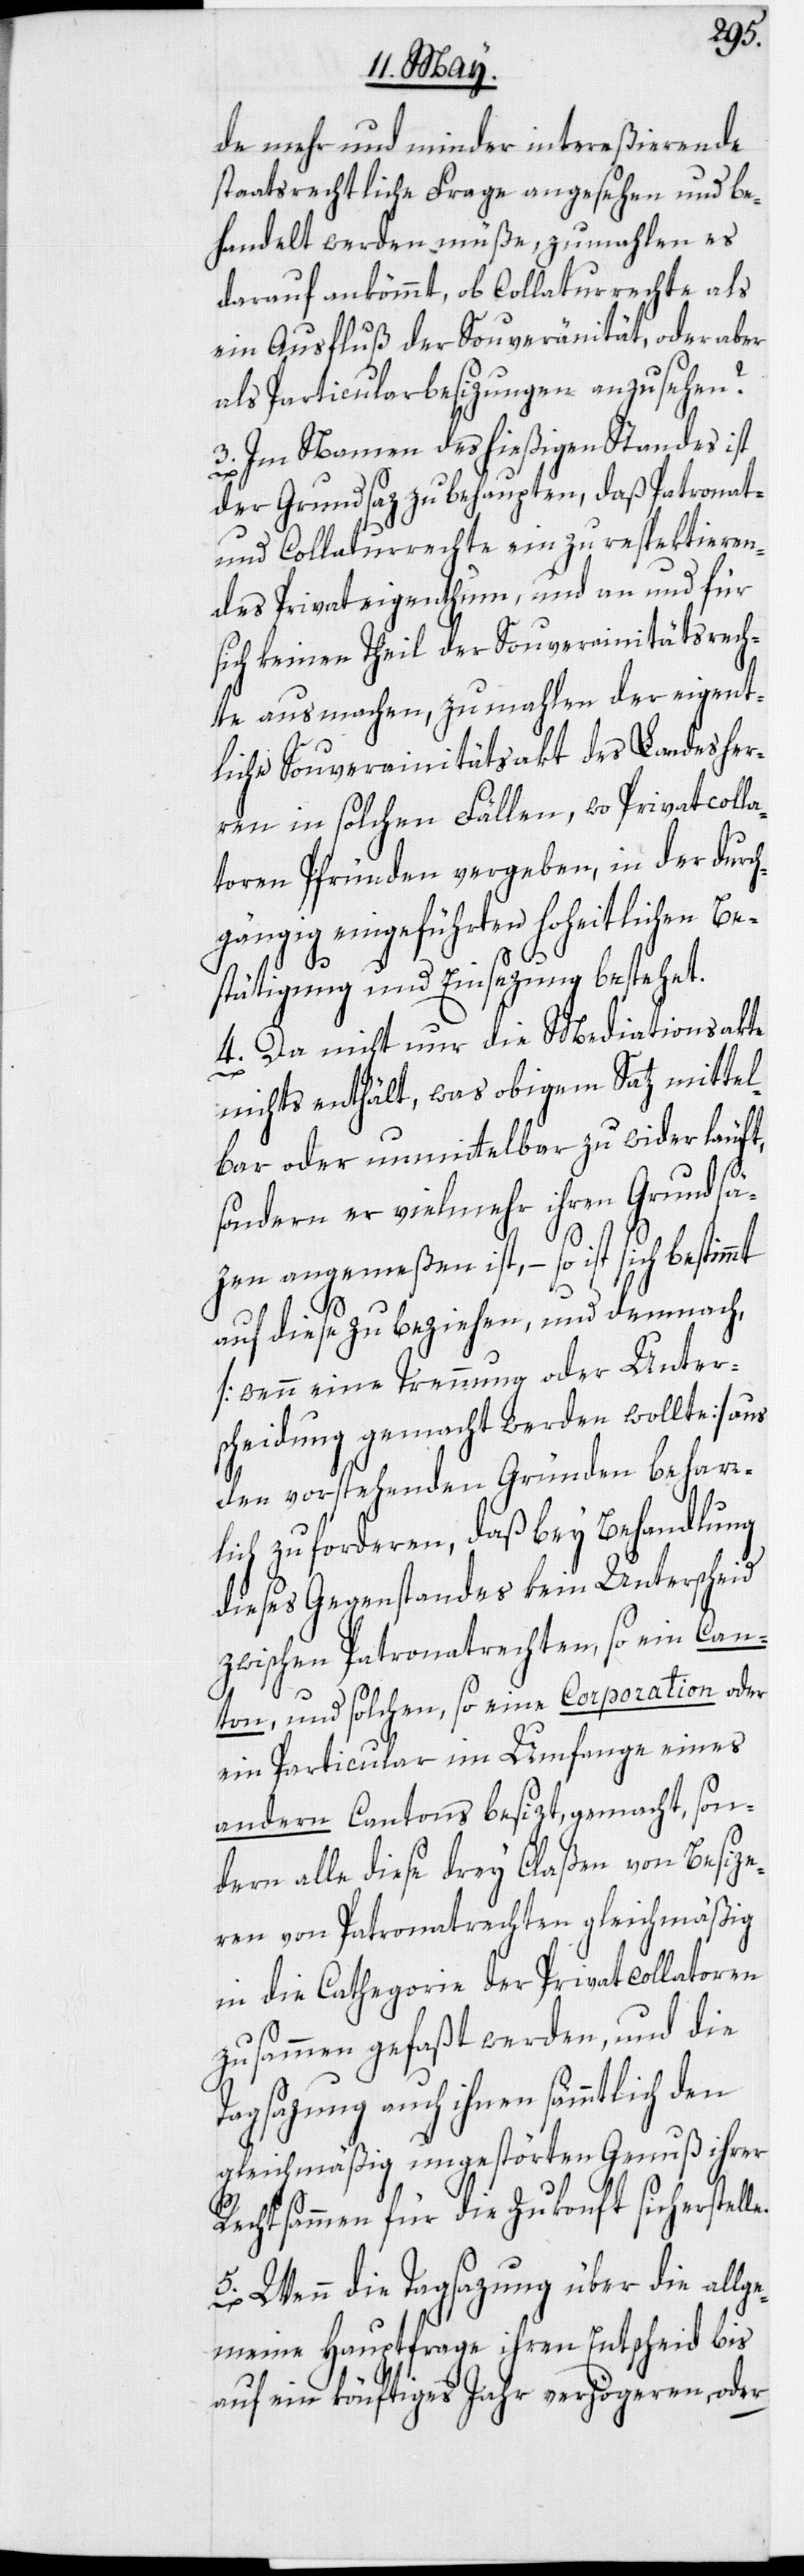
de mehr und minder intereßierende
staatsrechtliche Frage angesehen und be¬
handelt werden müße, zumahlen es
darauf ankömmt, ob Collaturrechte als
ein Ausfluß der Souveränität, oder aber
als Particularbesizungen anzusehen
3. Im Namen des hießigen Standes ist
e.
der Grundsaz zu behaupten, daß Patronat-
und Collaturrechte ein zu respektieren¬
des Privateigenthum, und an und für
sich keinen Theil der Souverainitätsrech¬
te ausmachen, zumahlen der eigent¬
liche Souverainitätsakt des Landesher¬
ren in solchen Fällen, wo Privatcolla¬
toren Pfründen vergeben, in der durch¬
gängig eingeführten hoheitlichen Be¬
stätigung und Einsezung bestehet.
4. Da nicht nur die Mediationsakte
nichts enthält, was obigem Satz mittel¬
bar oder unmittelbar zu wider läuft,
sondern er vielmehr ihren Grundsä¬
zen angemeßen ist, – so ist sich
auf diese zu beziehen, und demnach,
[wenn eine Trennung oder Unter¬
scheidung gemacht werden wollte] aus
den vorstehenden Gründen beharr¬
lich zu forderen, daß bey Behandlung
dieses Gegenstandes kein Unterscheid
zwischen Patronatrechten, so ein Can¬
ton, und solchen, so eine Corporation oder
ein Particular im Umfange eines
andern Cantons besizt, gemacht, son¬
dern alle diese drey Claßen von Besize¬
ren von Patronatrechten gleichmäßig
in die Cathegorie der Privatcollatoren
zusammen gefaßt werden, und die
Tagsazung auch ihnen sämmtlich den
gleichmäßig ungestörten Genuß ihrer
Rechtsammen für die Zukonft sicherstell¬
5. Wenn die Tagsazung über die allge¬
meine Hauptfrage ihren Entscheid bis
auf ein könftiges Jahr verzögeren, oder